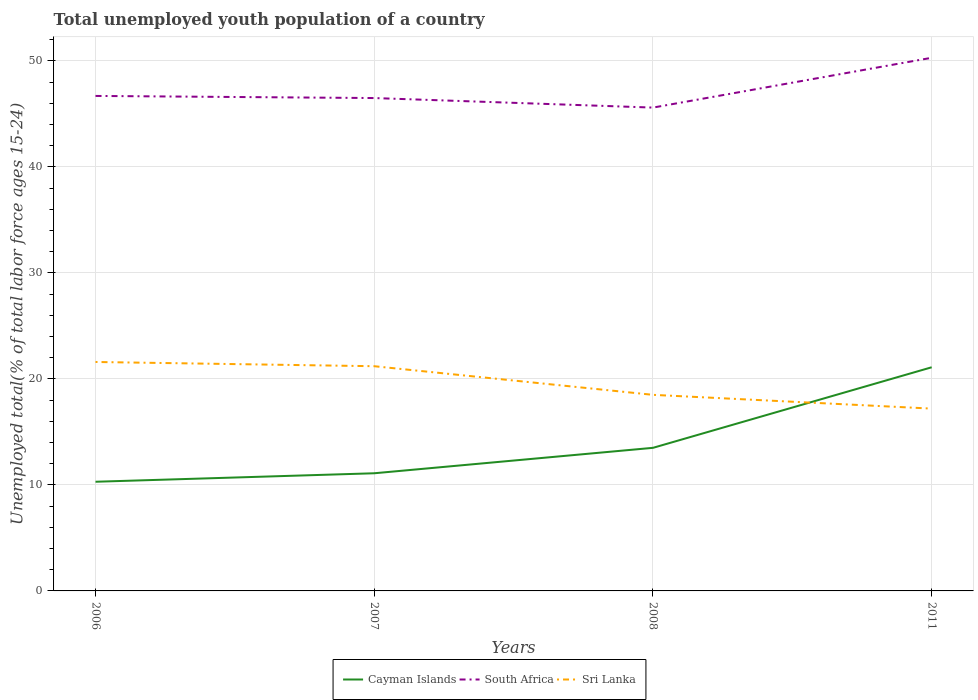
| Years | Cayman Islands | South Africa | Sri Lanka |
 | --- | --- | --- | --- |
 | 2006 | 10.3 | 46.7 | 21.6 |
 | 2007 | 11.1 | 46.5 | 21.2 |
 | 2008 | 13.5 | 45.6 | 18.5 |
 | 2011 | 21.1 | 50.3 | 17.2 |